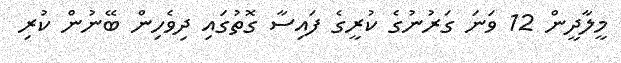
މީލާދީން 12 ވަނަ ގަރުނުގެ ކުރީގެ ފައިސާ ގޮތުގައި ދިވެހިން ބޭނުން ކުރި